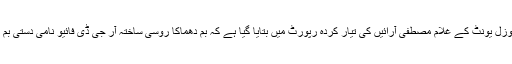
بم ڈسپوزل یونٹ کے غلام مصطفٰی آرائیں کی تیار کردہ رپورٹ میں بتایا گیا ہے کہ بم دھماکا روسی ساختہ آر جی ڈی فائیو نامی دستی بم کا تھا۔